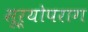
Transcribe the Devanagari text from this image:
सूर्योपराग